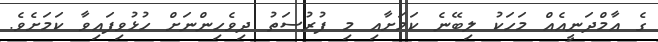
ގެ އާމްދަނީއެއް މަހަކު ލިބޭނެ ކަމަށާއި މި ފުރުސަތު ދިވެހިންނަށް ހުޅުވިފައިވާ ކަމަށެވެ.